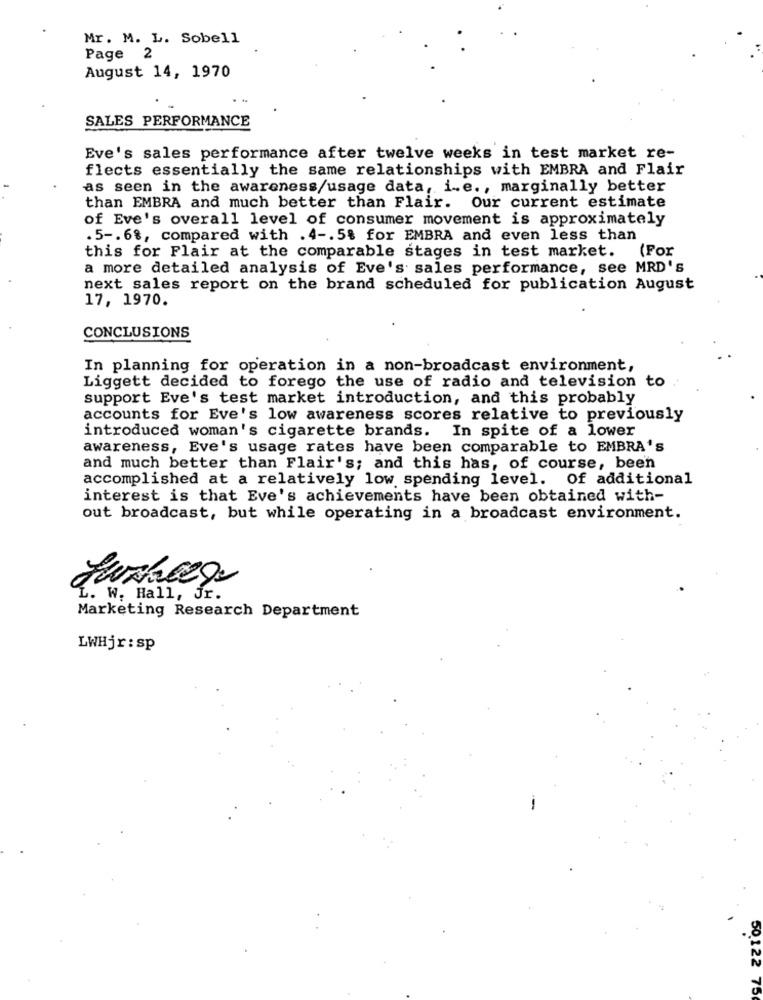
Mr. M. L. Sobell
Page 2
August 14, 1970
SALES PERFORMANCE
Eve's sales performance after twelve weeks in test market re-
flects essentially the same relationships with EMBRA and Flair
as seen in the awareness/usage data, i.e ., marginally better
than EMBRA and much better than Flair. Our current estimate
of Eve's overall level of consumer movement is approximately
. 5 -. 6%, compared with . 4 -. 5% for EMBRA and even less than
this for Flair at the comparable stages in test market. (For
a more detailed analysis of Eve's sales performance, see MRD's
next sales report on the brand scheduled for publication August
17, 1970.
CONCLUSIONS
In planning for operation in a non-broadcast environment,
Liggett decided to forego the use of radio and television to
support Eve's test market introduction, and this probably
accounts for Eve's low awareness scores relative to previously
introduced woman's cigarette brands. In spite of a lower
awareness, Eve's usage rates have been comparable to EMBRA's
and much better than Flair's; and this has, of course, been
accomplished at a relatively low spending level. Of additional
interest is that Eve's achievements have been obtained with-
out broadcast, but while operating in a broadcast environment.
L. W. Hall, Jr.
Marketing Research Department
LWHjr: sp
50.122 75